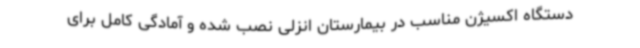
دستگاه اکسیژن مناسب در بیمارستان انزلی نصب شده و آمادگی کامل برای